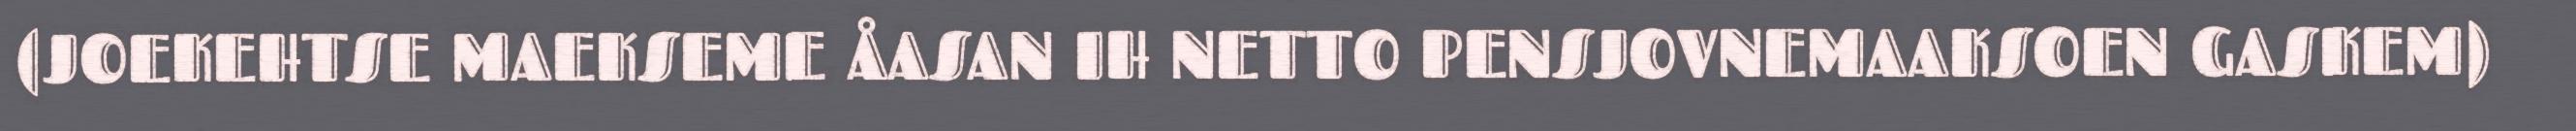
(JOEKEHTSE MAEKSEME ÅASAN IH NETTO PENSJOVNEMAAKSOEN GASKEM)